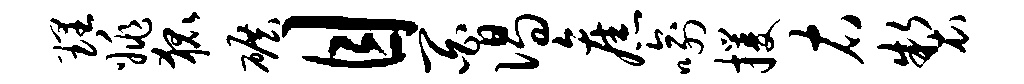
理姚狐碾目百偈旧喻攫右制